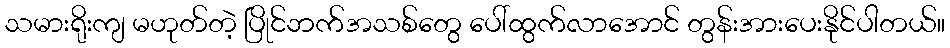
သမားရိုးကျ မဟုတ်တဲ့ ပြိုင်ဘက်အသစ်တွေ ပေါ်ထွက်လာအောင် တွန်းအားပေးနိုင်ပါတယ်။